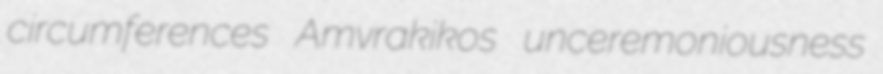
circumferences Amvrakikos unceremoniousness